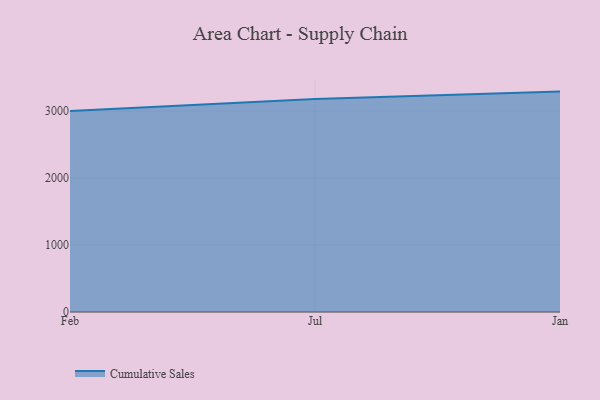
{"axis": {"x": "Month", "y": "Operating Costs (USD K)"}, "legend": ["Cumulative Sales"], "data": [{"x": "Feb", "y": 2998.8, "type": "Cumulative Sales"}, {"x": "Jul", "y": 3179.1, "type": "Cumulative Sales"}, {"x": "Jan", "y": 3289.3, "type": "Cumulative Sales"}]}